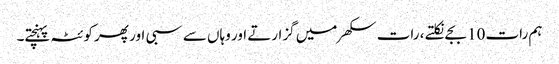
ہم رات 10 بجے نکلتے ، رات سکھر میں گزارتے اور وہاں سے سبی اور پھر کوئٹہ پہنچتے۔